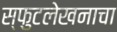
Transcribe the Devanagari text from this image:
स्फुटलेखनाचा